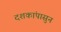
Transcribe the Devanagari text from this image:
दशकांपासुन